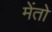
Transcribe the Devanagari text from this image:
मेंतो